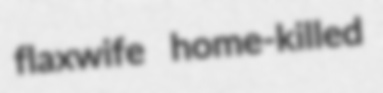
flaxwife home-killed